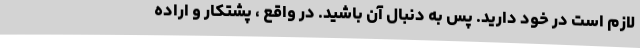
لازم است در خود دارید. پس به دنبال آن باشید. در واقع ، پشتکار و اراده